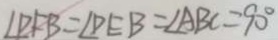
\angle D F B = \angle D E B = \angle A B C = 9 0 ^ { \circ }